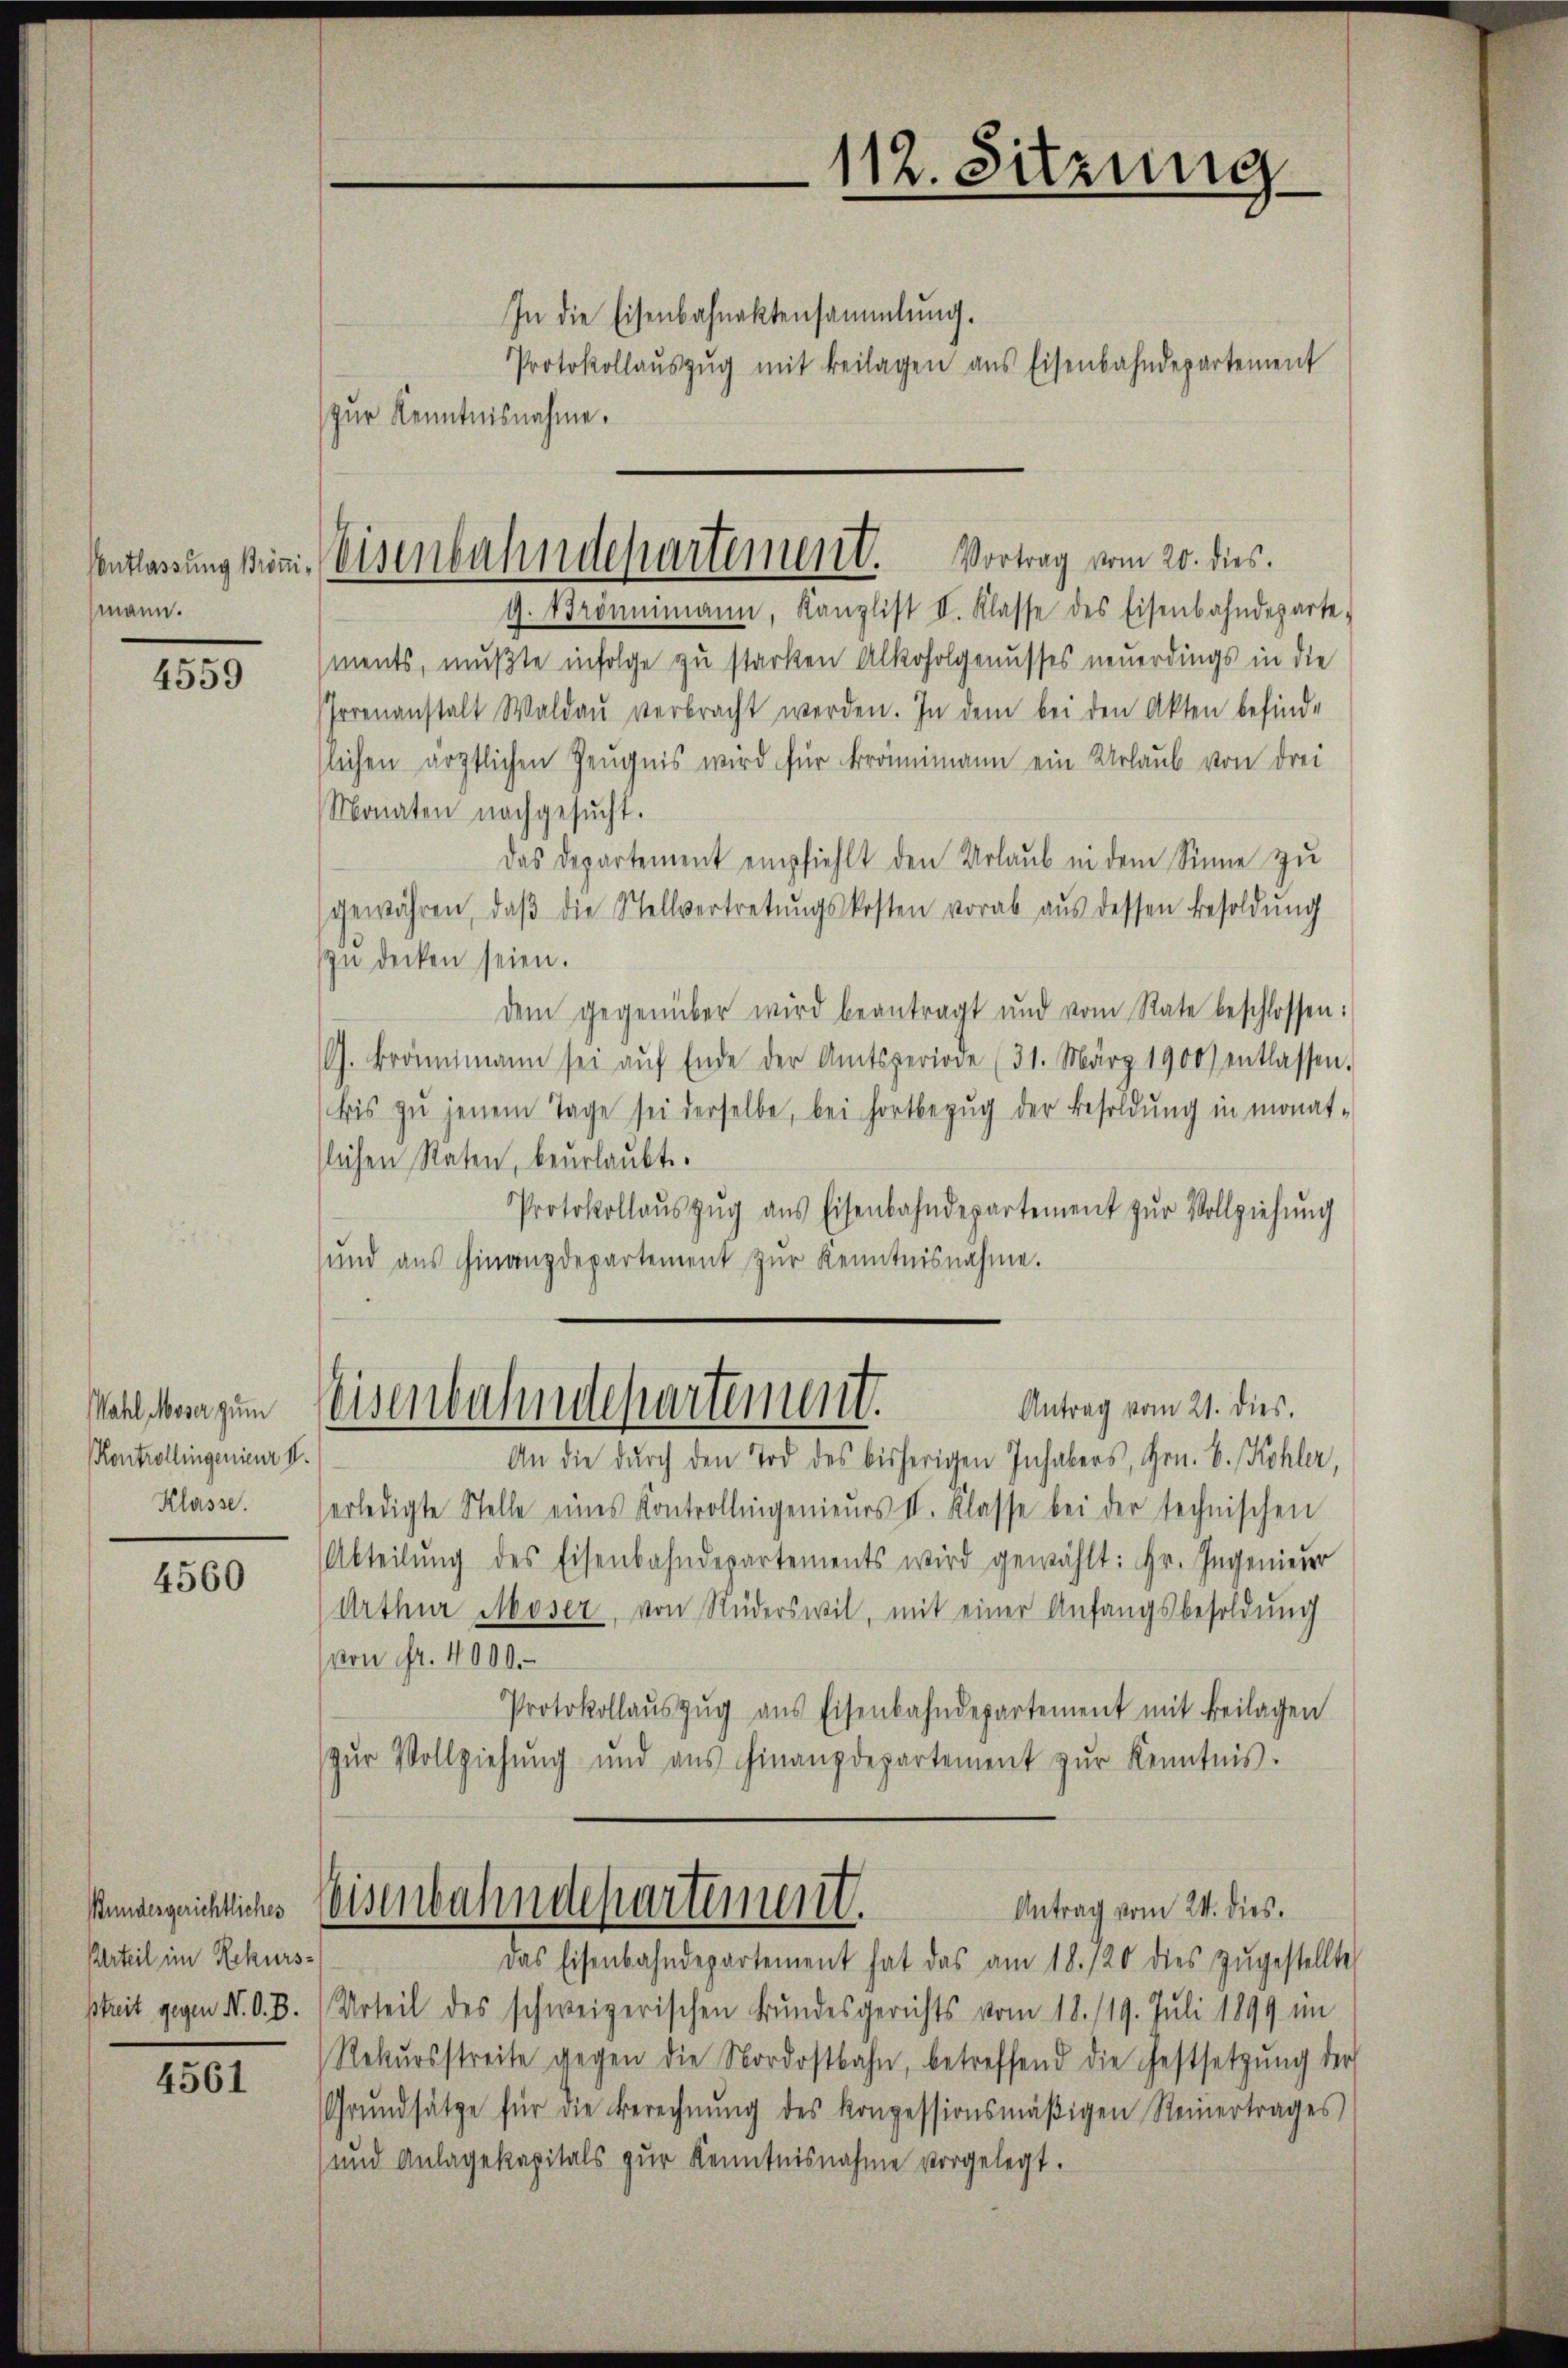
mann.

4559

Wahl Moser zum
Kontrollingenieur I.
Klasse.

4560

Urteil im Rekurs-
streit gegen N. O. B.

4561

In die Eisenbahnaktensammlung.
Protokollaŭszŭg mit Beilagen ans Eisenbahndepartement
zur Kenntnisnahme.
g. Frömmimann, Kanzlist II. Klasse des Eisenbahndeparte-
(ments, mußte infolge zu starken Alkoholgenusses neuerdings in die
Irrenanstalt Waldaŭ verbracht werden. In dem bei den Akten befinde
tlichen ärztlichen Zeugnis wird für Brämimann ein Urlaub von drei
Monaten nachgesucht.
das Departement empfiehlt den Urlaub in dem Sinne zu
gewähren, daβ die Stellvertretŭngskosten vorab aŭs dessen Besoldŭng
zŭ decken seien.
dem gegenüber wird beantragt und vom Rate beschlossen:
G. Branntmann sei aŭf Ende der Amtsperiode (31. März 1900) entlassen.
bis zŭ jenem Tage sei derselbe, bei Fortbezŭg der Besoldŭng in monat-
slichen Raten, beurlaubt.
Protokollaŭszŭg ans Eisenbahndepartement zŭr Vollziehung
und aus Finanzdepartement zur Kenntnisnahme.

112. Sitzung

Ventlassung sein. Eisenbahndepartement. Vortrag vom 20. dies

Weisenbahndepartement.
Antrag vom 21. dies.

An die durch den Tod des bisherigen Inhabers, Hrn. B. Kohler,
erledigte Stelle eines Kontrollingenieŭrs II. Klasse bei der technischen
Abteilŭng des Eisenbahndepartements wird gewählt: Hr. Ingenieder
Arthur Moser, von Süderswil, mit einer Anfangsbesoldung
von fr. 4000.
Protokollaŭszŭg ans Eisenbahndepartement mit Beilagen
zŭr Vollziehŭng und ans Finanzdepartement zŭr Kenntnis.

unangrichtliches Weisenbahndepartement.
Antrag vom 24. dies.

Das Eisenbahndepartement hat das am 18. 120 dies zŭgestellte
Urteil des schweizerischen Bundesgerichts vom 18. 119. Juli 1899 im
Rekŭrsstreite gegen die Nordostbahn, betreffend die Festsetzŭng der
Grŭndsätze für die Berechnŭng des konzessionsmäβigen Reinertrages
und Anlagekapitals zur Kenntnisnahme vorgelegt.